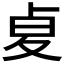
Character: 𠧫